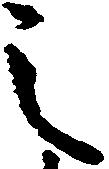
之